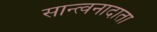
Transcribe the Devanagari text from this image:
सान्त्वनादाता